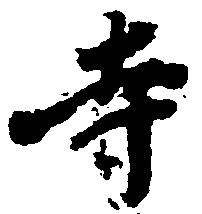
寺